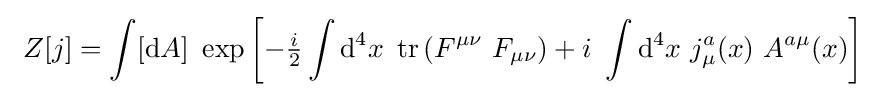
\ Z[j]=\int [\mathrm {d} A]\ \exp \left[-{\tfrac {i}{2}}\int \mathrm {d} ^{4}x\ \operatorname {tr} \left(F^{\mu \nu }\ F_{\mu \nu }\right)+i\ \int \mathrm {d} ^{4}x\ j_{\mu }^{a}(x)\ A^{a\mu }(x)\right]\